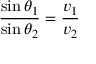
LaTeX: { \frac { \sin \theta _ { 1 } } { \sin \theta _ { 2 } } } = { \frac { v _ { 1 } } { v _ { 2 } } }